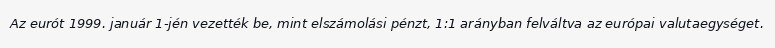
Az eurót 1999. január 1-jén vezették be, mint elszámolási pénzt, 1:1 arányban felváltva az európai valutaegységet.